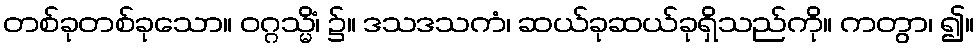
တစ်ခုတစ်ခုသော။ ဝဂ္ဂသ္မိံ၊ ၌။ ဒသဒသကံ၊ ဆယ်ခုဆယ်ခုရှိသည်ကို။ ကတွာ၊ ၍။